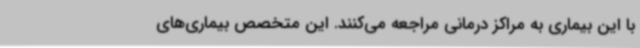
با این بیماری به مراکز درمانی مراجعه می‌کنند. این متخصص بیماری‌های